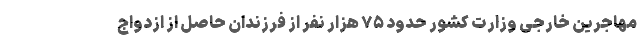
مهاجرین خارجی وزارت کشور حدود ۷۵ هزار نفر از فرزندان حاصل از ازدواج